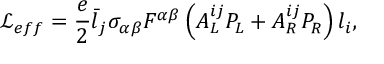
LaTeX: \mathcal { L } _ { e f f } = \frac { e } { 2 } \bar { l } _ { j } \sigma _ { \alpha \beta } F ^ { \alpha \beta } \left( A _ { L } ^ { i j } P _ { L } + A _ { R } ^ { i j } P _ { R } \right) l _ { i } ,